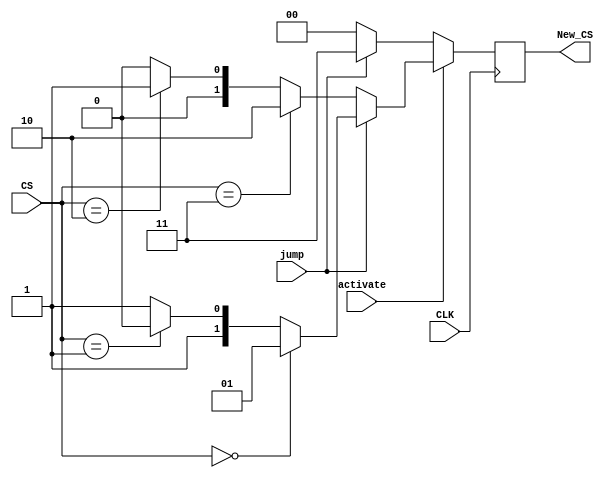
`timescale 1ns / 1ps
//////////////////////////////////////////////////////////////////////////////////
// Company: 
// Engineer: 
// 
// Design Name: 
// Module Name: CS_FSM
// Project Name: 
// Target Devices: 
// Tool Versions: 
// Description: 
// 
// Dependencies: 
// 
// Revision:
// Revision 0.01 - File Created
// Additional Comments:
// 
//////////////////////////////////////////////////////////////////////////////////


module CS_FSM(
    input CLK,
    input activate,
    input jump,
    input [1:0]CS,
    output reg [1:0]New_CS
    );
    always@(posedge CLK)
    begin
        if(activate)
        begin
            if(jump)
            begin
                if(CS==2'b00)New_CS<=2'b01;
                else if(CS==2'b01)New_CS<=2'b10;
                else if(CS==2'b10)New_CS<=2'b11;
                else New_CS<=2'b11;
            end
            else
            begin
                if(CS==2'b11)New_CS<=2'b10;
                else if(CS==2'b10)New_CS<=2'b01;
                else if(CS==2'b01)New_CS<=2'b00;
                else New_CS<=2'b00;
            end
        end
        else
        begin
            if(jump)New_CS<=2'b11;
            else New_CS<=2'b00;
        end
    end
        
endmodule